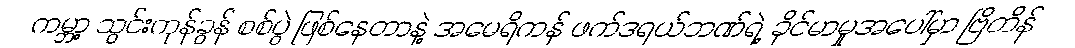
ကမ္ဘာ့ သွင်းကုန်ခွန် စစ်ပွဲ ဖြစ်နေတာနဲ့ အမေရိကန် ဖက်ဒရယ်ဘဏ်ရဲ့ ခိုင်မာမှုအပေါ်မှာ ဗြိတိန်